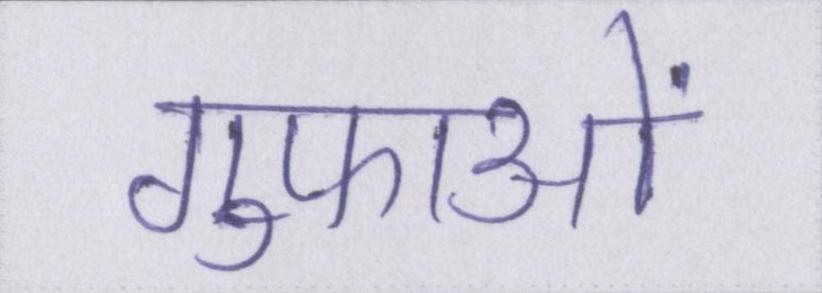
गुफाओं